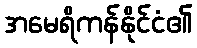
အမေရိကန်နိုင်ငံ၏